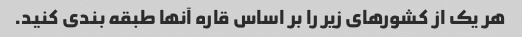
هر یک از کشورهای زیر را بر اساس قاره آنها طبقه بندی کنید.